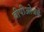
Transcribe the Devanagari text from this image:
बीपीओजचे